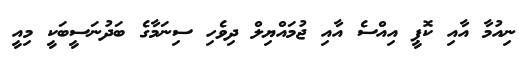
ނިއުމާ އާއި ކޮޕީ އިއްސެ އާއި ޖުމައްޔިލް ދިވެހި ސިނަމާގެ ބަދުނަސީބަކީ މިއީ